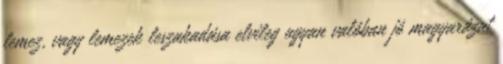
lemez, vagy lemezek leszakadása elvileg ugyan valóban jó magyarázat